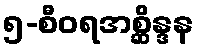
၅-စီဝရအစ္ဆိန္ဒန